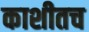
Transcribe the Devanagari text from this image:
काशीतच